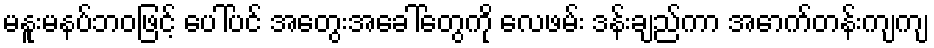
မနူးမနပ်ဘဝဖြင့် ပေါ်ပင် အတွေးအခေါ်တွေကို လေဖမ်း ဒန်းချည်ကာ အောက်တန်းကျကျ